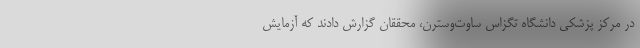
در مرکز پزشکی دانشگاه تگزاس ساوت‌وسترن، محققان گزارش دادند که آزمایش